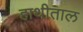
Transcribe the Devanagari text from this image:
हाथीताल